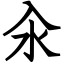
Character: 汆